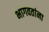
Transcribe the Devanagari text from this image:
भागवतांना